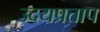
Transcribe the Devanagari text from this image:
उदयप्रताप